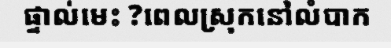
ផ្ទាល់មេះ ?ពេលស្រុកនៅលំបាក